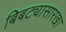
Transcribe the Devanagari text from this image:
बिबट्यासारखा